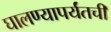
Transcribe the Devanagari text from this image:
घालण्यापर्यंतची